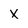
Character: x